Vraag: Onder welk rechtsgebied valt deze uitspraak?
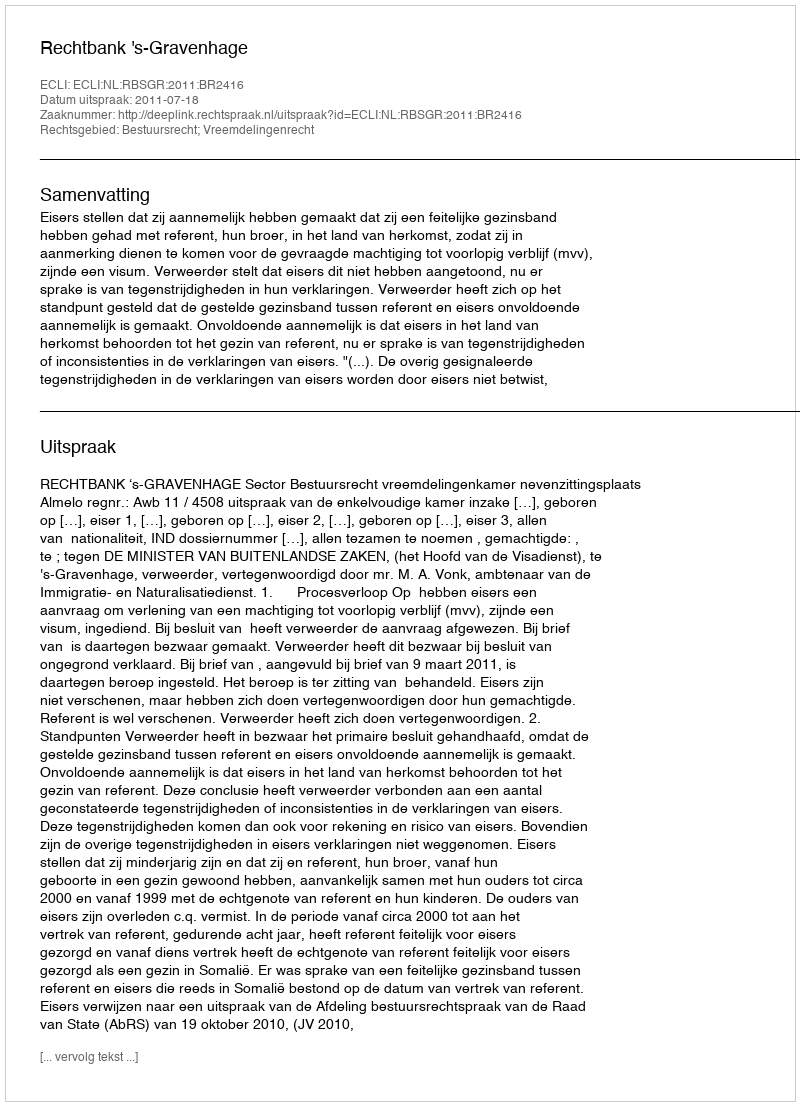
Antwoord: Bestuursrecht; Vreemdelingenrecht